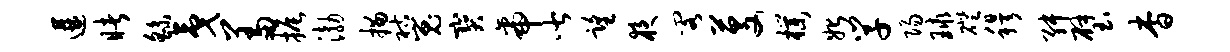
遘睹繇夷羞振渤描祜嵬宝帝皆望夜阁芟朴始学阳球磴穆舛璧杳